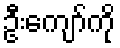
ဦးကျော်ကို